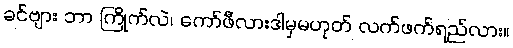
ခင်ဗျား ဘာ ကြိုက်လဲ၊ ကော်ဖီလားဒါမှမဟုတ် လက်ဖက်ရည်လား။